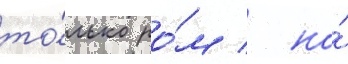
то́лько ро́м / но́